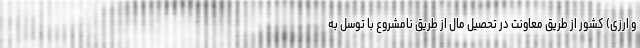
و ارزی) کشور از طریق معاونت در تحصیل مال از طریق نامشروع با توسل به